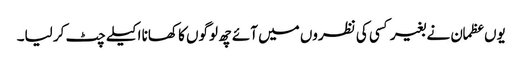
یوں عظمان نے بغیر کسی کی نظروں میں آئے چھ لوگوں کا کھانا اکیلے چٹ کر لیا۔